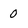
Character: 0